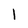
Character: l